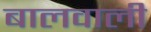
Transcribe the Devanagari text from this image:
बालवाली